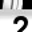
Digit: 2